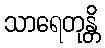
သာရေတုန္တိ